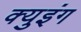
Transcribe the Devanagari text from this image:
क्युइंग